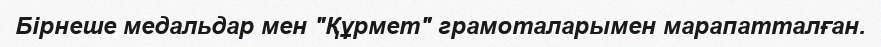
Бірнеше медальдар мен "Құрмет" грамоталарымен марапатталған.